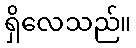
ရှိလေသည်။